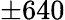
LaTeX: \pm 640